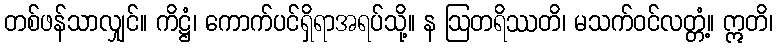
တစ်ဖန်သာလျှင်။ ကိဋ္ဌံ၊ ကောက်ပင်ရှိရာအရပ်သို့။ န ဩတရိဿတိ၊ မသက်ဝင်လတ္တံ့။ ဣတိ၊